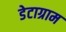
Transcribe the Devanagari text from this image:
डेटाग्राम